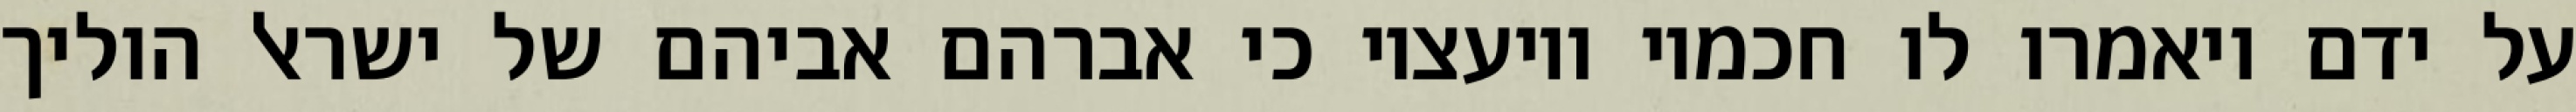
על ידם ויאמרו לו חכמיו ויועציו כי אברהם אביהם של ישראל הוליך